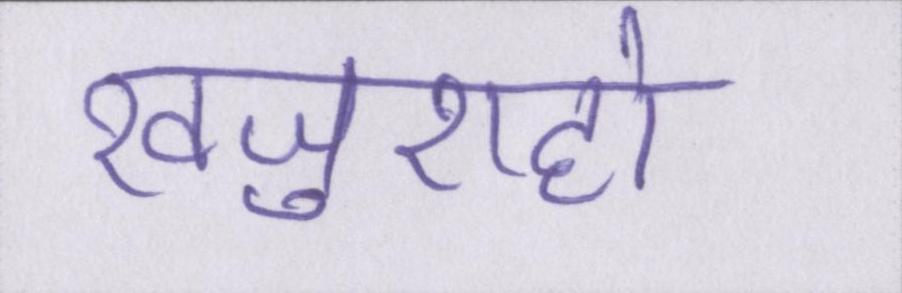
खजुराहो